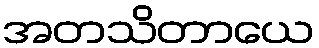
အတသိတာယေ